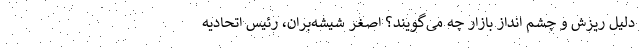
دلیل ریزش و چشم انداز بازار چه می‌گویند؟ اصغر شیشه‌بران، رئیس اتحادیه